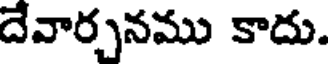
దేవార్చనము కాదు.